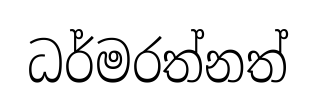
ධර්මරත්නත්